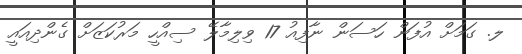
ލ. ގަމަށް އުފަން ހަސަން ނާފިއު 17 ވިލިމާލޭ ސިއްހީ މަރުކަޒަށް ގެންދިއައީ